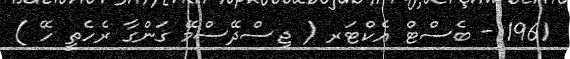
1961 - ބެސްޓް އެކްޓަރ ( ޖިސްދޭސްމޭ ގަންގާ ރެހެތީ ހޭ )